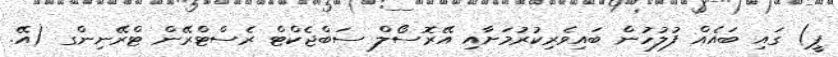
ޕީ) ގައި ބައެއް ފުލުހުން ބައިވެރިކުރުމަށާއި އޭރޮސޯލް ސަބްޖެކްޓް ރެސްޓްރޭން ޓްރޭނިންގ (އޭ.